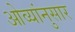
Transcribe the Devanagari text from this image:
ओव्यांनुसार